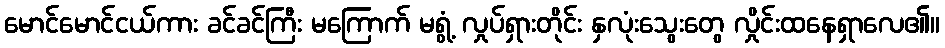
မောင်မောင်ငယ်ကား ခင်ခင်ကြီး မကြောက် မရွံ့ လှုပ်ရှားတိုင်း နှလုံးသွေးတွေ လှိုင်းထနေရှာလေ၏။